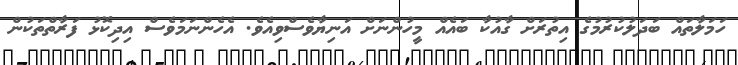
ހަމަލާތައް ބަދަލުކުރުމުގެ އިތުރަށް ގާއުކާ ބައެއް މީހުންނަށް އަނިޔާވެސްވިއެވެ. އެހެންނަމަވެސް އިދިކޮޅު ފަރާތްތަކުން